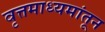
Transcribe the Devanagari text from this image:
वृत्तमाध्यमांतून